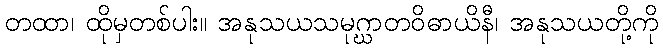
တထာ၊ ထိုမှတစ်ပါး။ အနုသယသမုဂ္ဃာတဝိဓာယိနီ၊ အနုသယတို့ကို